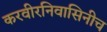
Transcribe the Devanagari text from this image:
करवीरनिवासिनीच